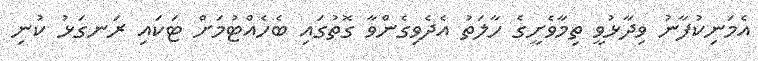
އެމަނިކުފާނު ވިދާޅުވީ ތިމާވެށީގެ ހާލަތު އެދެވިގެންވާ ގޮތުގައި ބެހެއްޓުމަށް ޓަކައި ރަނގަޅު ކުނި